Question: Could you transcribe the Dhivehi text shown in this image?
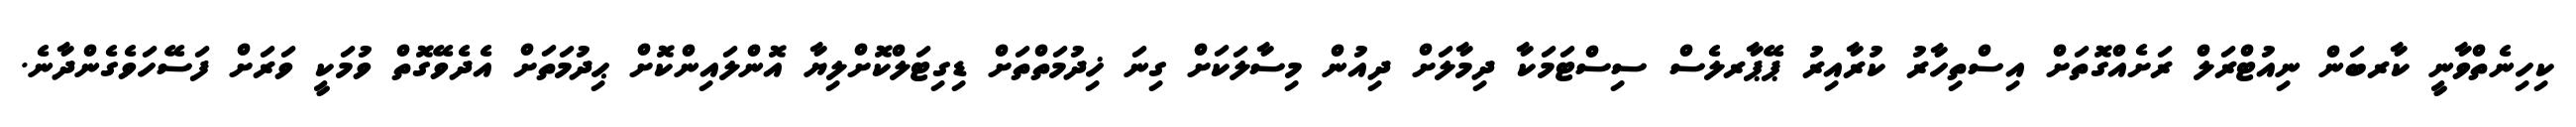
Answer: ކިހިނެތްވާނީ ކާރބަން ނިއުޓްރަލް ރަށެއްގޮތަށް އިސްތިހާރު ކުރާއިރު ޕޭޕާރލެސް ސިސްޓަމަކާ ދިމާލަށް ދިއުން މިސާލަކަށް ގިނަ ޚިދުމަތްތަށް ޑިގިޓަލްކޮށްލިޔާ އޮންލައިންކޮށް ޙިދުމަތަށް އެދެވޭގޮތް ވުމަކީ ވަރަށް ފަސޭހަވެގެންދާނެ.